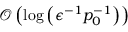
\mathcal { O } \left( \log \left( \epsilon ^ { - 1 } p _ { 0 } ^ { - 1 } \right) \right)